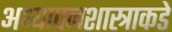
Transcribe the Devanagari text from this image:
अध्यापनशास्त्राकडे